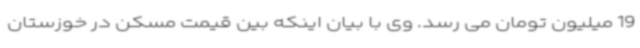
19 میلیون تومان می رسد. وی با بیان اینکه بین قیمت مسکن در خوزستان